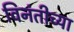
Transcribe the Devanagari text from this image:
विनंतीच्या